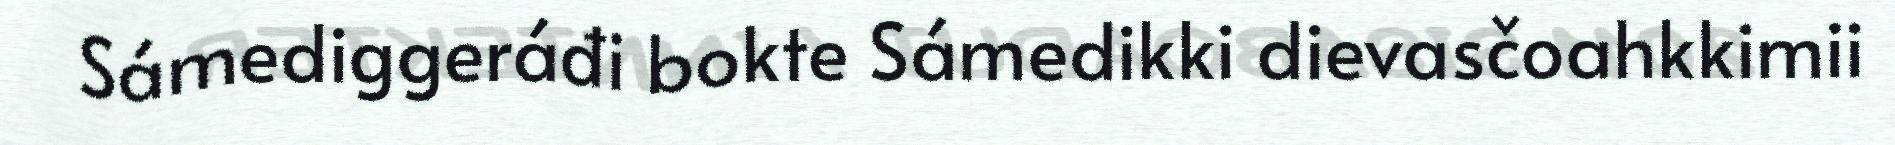
Sámediggeráđi bokte Sámedikki dievasčoahkkimii